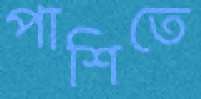
পাশিতে